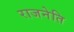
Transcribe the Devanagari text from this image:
राजनेति